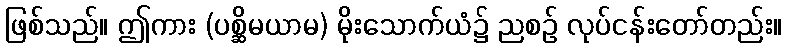
ဖြစ်သည်။ ဤကား (ပစ္ဆိမယာမ) မိုးသောက်ယံ၌ ညစဉ် လုပ်ငန်းတော်တည်း။